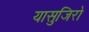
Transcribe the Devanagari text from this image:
यासुजिरो